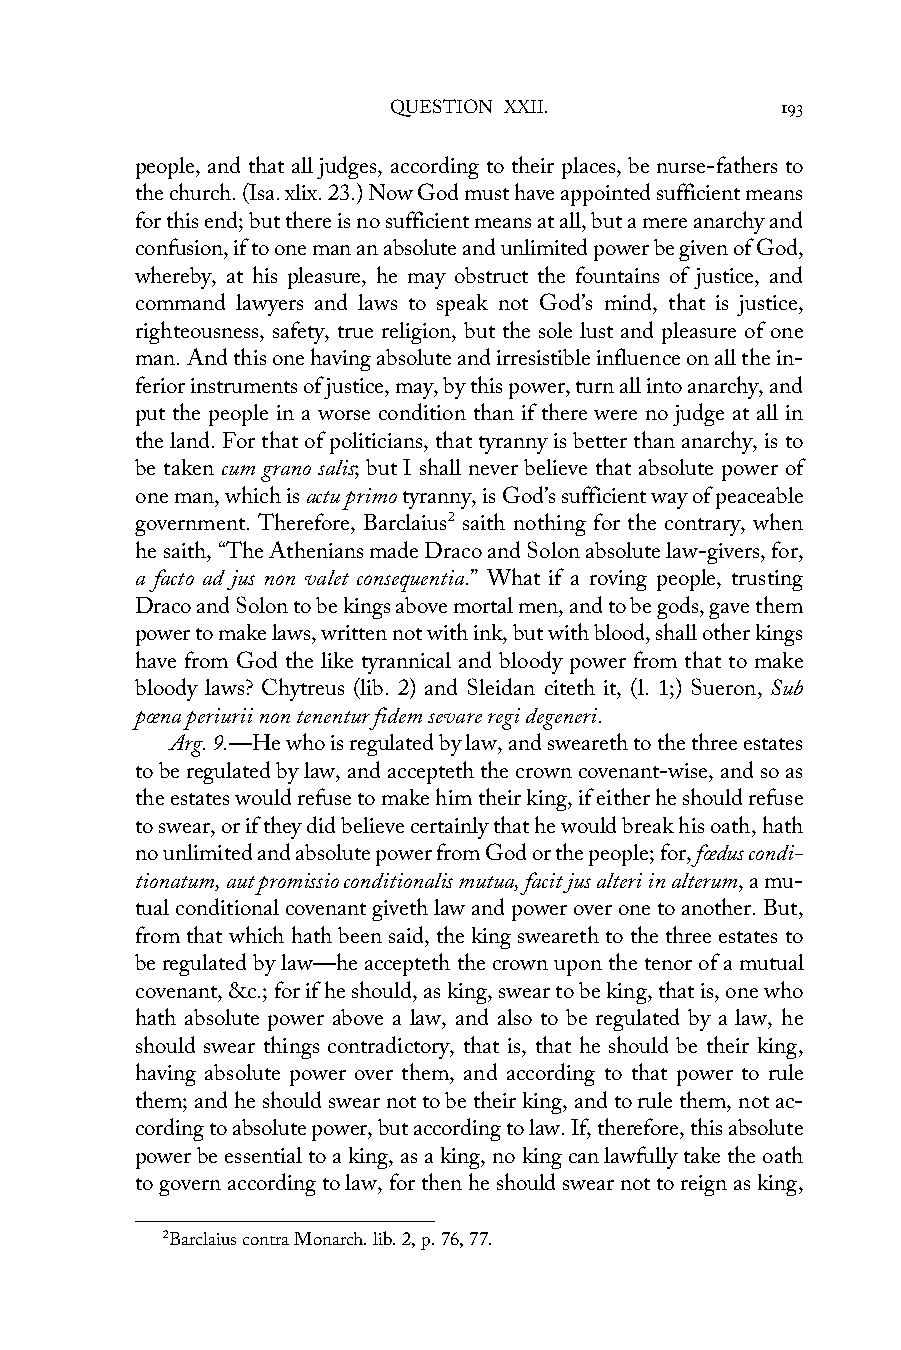
QUESTION XXII.            193
 people, and that all judges, according to their places, be nurse-fathers to
 the church. (Isa. xlix. 23.) Now God must have appointed sufficient means
 for this end; but there is no sufficient means at all, but a mere anarchy and
 confusion, if to one man an absolute and unlimited power be given of God,
 whereby, at his pleasure, he may obstruct the fountains of justice, and
 command lawyers and laws to speak not God’s mind, that is justice,
 righteousness, safety, true religion, but the sole lust and pleasure of one
 man. And this one having absolute and irresistible influence on all the in-
 ferior instruments of justice, may, by this power, turn all into anarchy, and
 put the people in a worse condition than if there were no judge at all in
 the land. For that of politicians, that tyranny is better than anarchy, is to
 be taken cum grano salis; but I shall never believe that absolute power of
 one man, which is actu primo tyranny, is God’s sufficient way of peaceable
 government. Therefore, Barclaius2 saith nothing for the contrary, when
 he saith, “The Athenians made Draco and Solon absolute law-givers, for,
 a facto ad jus non valet consequentia.” What if a roving people, trusting
 Draco and Solon to be kings above mortal men, and to be gods, gave them
 power to make laws, written not with ink, but with blood, shall other kings
 have from God the like tyrannical and bloody power from that to make
 bloody laws? Chytreus (lib. 2) and Sleidan citeth it, (l. 1;) Sueron, Sub
 pœna periurii non tenentur fidem sevare regi degeneri.
 Arg. 9.—He who is regulated by law, and sweareth to the three estates
 to be regulated by law, and accepteth the crown covenant-wise, and so as
 the estates would refuse to make him their king, if either he should refuse
 to swear, or if they did believe certainly that he would break his oath, hath
 no unlimited and absolute power from God or the people; for, fœdus condi-
 tionatum, aut promissio conditionalis mutua, facit jus alteri in alterum, a mu-
 tual conditional covenant giveth law and power over one to another. But,
 from that which hath been said, the king sweareth to the three estates to
 be regulated by law—he accepteth the crown upon the tenor of a mutual
 covenant, &c.; for if he should, as king, swear to be king, that is, one who
 hath absolute power above a law, and also to be regulated by a law, he
 should swear things contradictory, that is, that he should be their king,
 having absolute power over them, and according to that power to rule
 them; and he should swear not to be their king, and to rule them, not ac-
 cording to absolute power, but according to law. If, therefore, this absolute
 power be essential to a king, as a king, no king can lawfully take the oath
 to govern according to law, for then he should swear not to reign as king,
 2Barclaius contra Monarch. lib. 2, p. 76, 77.